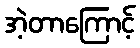
အဲ့တာကြောင့်